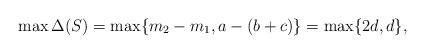
LaTeX: \begin{align*}\max \Delta(S) = \max\{m_2 - m_1, a- (b+c)\} = \max\{2d,d\},\end{align*}